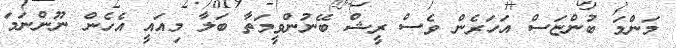
މަންމަ ބުންޏަސް އަހަރެން ވެސް ރީޝް ބޭނުންވީމަތާ ބަލާ މިއައީ އެހެން ނޫންނަމަ